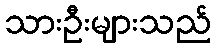
သားဦးများသည်